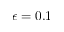
\epsilon = 0 . 1